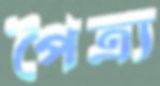
পৈত্র্য